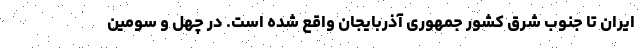
ایران تا جنوب شرق کشور جمهوری آذربایجان واقع شده است. در چهل و سومین